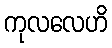
ကုလလေဟိ